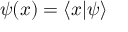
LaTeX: \psi ( x ) = \langle x | \psi \rangle